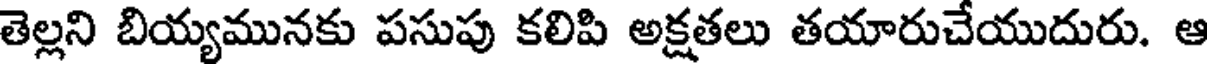
తెల్లని బియ్యమునకు పసుపు కలిపి అక్షతలు తయారుచేయుదురు. ఆ